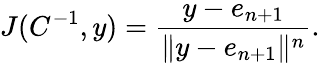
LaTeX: J(C^{-1},y)={\frac{y-e_{n+1}}{\| y-e_{n+1}\| ^{n}}}.